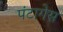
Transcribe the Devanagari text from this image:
पंटागेस